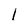
Character: 1